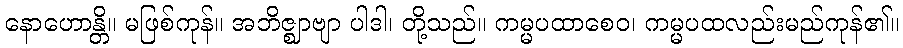
နောဟောန္တိ။ မဖြစ်ကုန်။ အဘိဇ္ဈာဗျာ ပါဒါ၊ တို့သည်။ ကမ္မပထာစေဝ၊ ကမ္မပထလည်းမည်ကုန်၏။